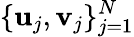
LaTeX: \{ \mathbf{u}_{j},\mathbf{v}_{j}\} _{j=1}^{N}